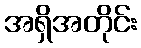
အရှိအတိုင်း